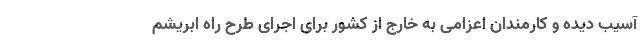
آسیب دیده و کارمندان اعزامی به خارج از کشور برای اجرای طرح راه ابریشم